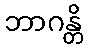
ဘာဂန္တိ